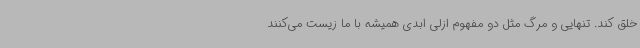
خلق کند. تنهایی و مرگ مثل دو مفهوم ازلی ابدی همیشه با ما زیست می‌کنند